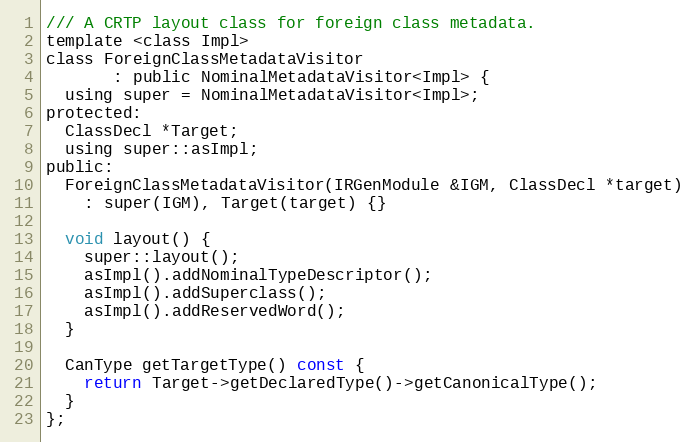
Language: C
/// A CRTP layout class for foreign class metadata.
template <class Impl>
class ForeignClassMetadataVisitor
       : public NominalMetadataVisitor<Impl> {
  using super = NominalMetadataVisitor<Impl>;
protected:
  ClassDecl *Target;
  using super::asImpl;
public:
  ForeignClassMetadataVisitor(IRGenModule &IGM, ClassDecl *target)
    : super(IGM), Target(target) {}

  void layout() {
    super::layout();
    asImpl().addNominalTypeDescriptor();
    asImpl().addSuperclass();
    asImpl().addReservedWord();
  }

  CanType getTargetType() const {
    return Target->getDeclaredType()->getCanonicalType();
  }
};